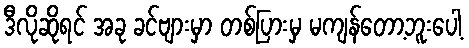
ဒီလိုဆိုရင် အခု ခင်ဗျားမှာ တစ်ပြားမှ မကျန်တော့ဘူးပေါ့